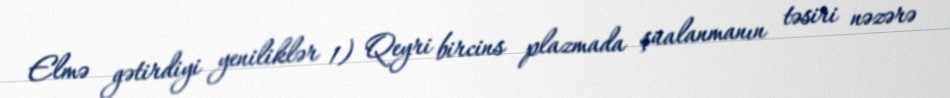
Elmə gətirdiyi yeniliklər 1) Qeyri bircins plazmada şüalanmanın təsiri nəzərə